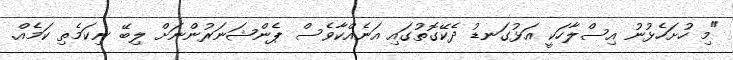
"މި ހުށަހެޅުނު އިސްލާހަކީ އަޅުގަނޑު ދެކޭގޮތުގައި އަނެއްކާވެސް ޕެންޝަނަރުންނަށް ލިބޭ ނިކަމެތި ކަމެއް.